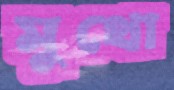
মুথো